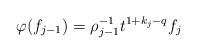
LaTeX: \begin{align*}\varphi(f_{j-1})=\rho_{j-1}^{-1}t^{1+k_j-q}f_j\end{align*}